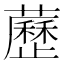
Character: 藶